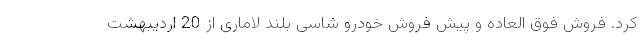
کرد. فروش فوق العاده و پیش فروش خودرو شاسی بلند لاماری از 20 اردیبهشت